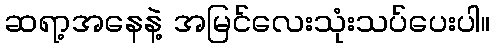
ဆရာ့အနေနဲ့ အမြင်လေးသုံးသပ်ပေးပါ။